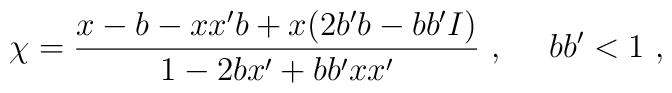
\chi=\frac{x-b-xx'b+x(2b'b-bb'I)}{1-2bx'+bb'xx'}~,~~~~bb'<1~,